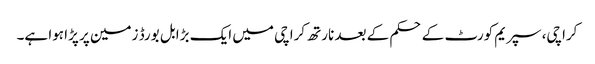
کراچی، سپریم کورٹ کے حکم کے بعد نارتھ کراچی میں ایک بڑا بل بورڈ زمین پر پڑا ہوا ہے۔